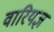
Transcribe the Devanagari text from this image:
वारियज्ञ